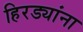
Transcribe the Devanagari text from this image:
हिरड्यांना